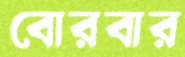
বোরবার